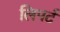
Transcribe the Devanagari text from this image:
लिपर्ट